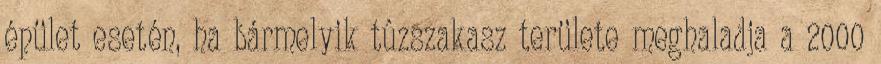
épület esetén, ha bármelyik tûzszakasz területe meghaladja a 2000